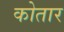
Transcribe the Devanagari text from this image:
कोतार